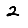
Digit: 2